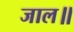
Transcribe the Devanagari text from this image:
जाल॥